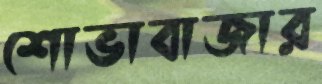
শোভাবাজার